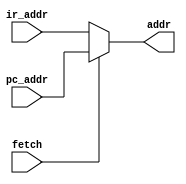
/*
 * Choose the output, from PC address or data/port address.
 * Read the instruction from ROM on the fore, and output the PC address
 * Read/Write the RAM or port on the later, whose address is given by instruction.
 * The signal fetch is given by clk_gen.
 */
module addr_mux(
    input               fetch,
    input       [12:0]  pc_addr,    // 8K Bytes
    input       [12:0]  ir_addr,    // 8K Bytes
    output reg  [12:0]  addr        // 8K Bytes
);

    always @(*) begin
        if (fetch)
            addr = pc_addr;
        else
            addr = ir_addr;
    end

endmodule